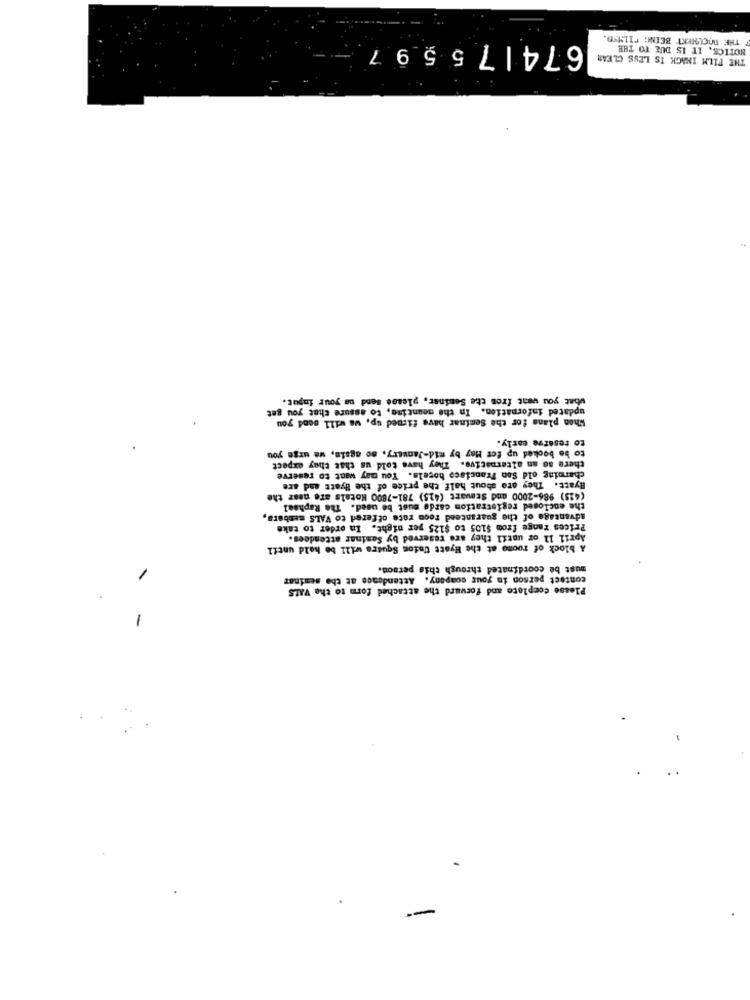
THE DOCUMENT BEING FILMSD.
674| 75597
NOTICE, IT IS DUE TO THE
THE FILM INAGK IS LESS CLEAR
what you want from the Seminar, please send us your input.
updated information. In the meantime, to assure that you get
When plans for the Seminar have fired up, we will send you
to reserve carly.
to be booked up fer May by mid-January, so again, we urge you
there 80 an alternative. They have told us that they expect
charming old San Francisco hotels. You may want to reserve
Hyatt. They are about half the price of the llyatt and are
(425) 986-2000 and Stewart (415) 781-7800 Hotels are near the
the enclosed registration carde must be used. The Raphael
advantage of the guaranteed room roce offered to VALS menbara,
Prices range from $105 to $125 per night. In order to take
April 11 or until they are reserved by Seminar attendees.
A block of roomo at the Hyatt Union Square will be hold until
must be coordinated through this person.
contact person in your company. Attendance at the seminar
Please Complete and forward the attached form to the VALS
-